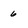
Character: 6